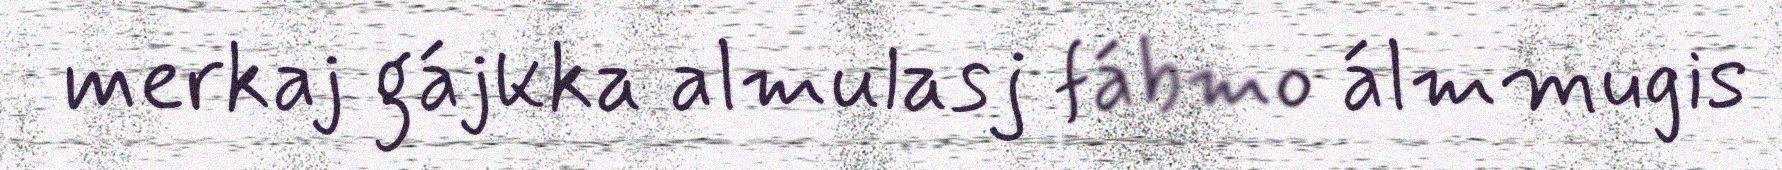
merkaj gájkka almulasj fábmo álmmugis